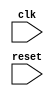
module my_module (
    input wire clk,
    input wire reset,
    // other inputs and outputs here
);

// Declare variables and signals here

always @(negedge clk) begin
    // Write your behavioral code here
end

endmodule